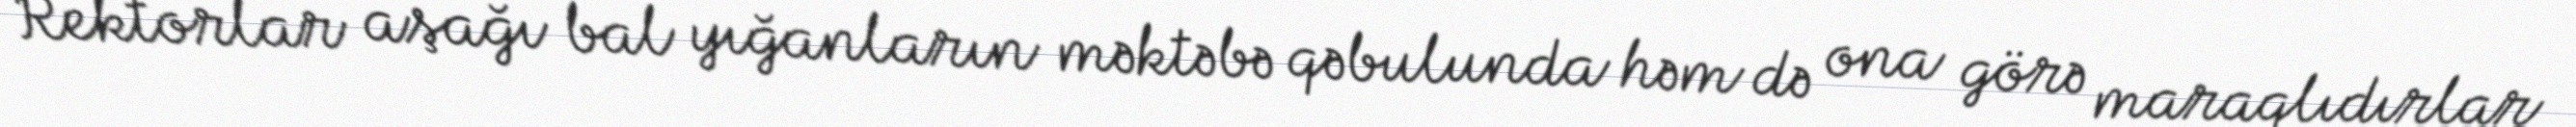
Rektorlar aşağı bal yığanların məktəbə qəbulunda həm də ona görə maraqlıdırlar